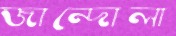
জান্দোলা